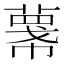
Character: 𢅓